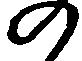
の